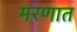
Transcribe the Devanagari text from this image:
मरणात